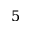
5